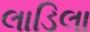
લાડિલા